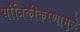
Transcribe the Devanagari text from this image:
यांत्रिकीकरणामुळे